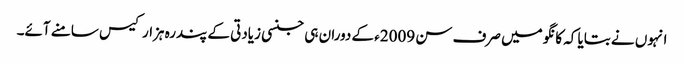
انہوں نے بتایا کہ کانگو میں صرف سن 2009ء کے دوران ہی جنسی زیادتی کے پندرہ ہزار کیس سامنے آئے۔